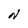
Character: N